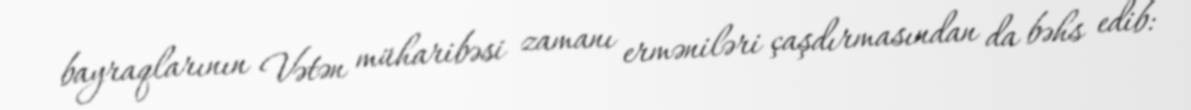
bayraqlarının Vətən müharibəsi zamanı erməniləri çaşdırmasından da bəhs edib: